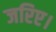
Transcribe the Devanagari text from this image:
जरिए।